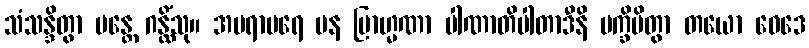
သံသန္ဒိတွာ မန္တေ ဂန္ထိံသု။ အပရာပရေ ပန ဗြာဟ္မဏာ ပါဏာတိပါတာဒီနိ ပက္ခိပိတွာ တယော ဝေဒေ